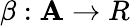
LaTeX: \beta:\mathbf{A}\rightarrow R